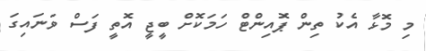
މި މޮޅާ އެކު ތިން ޕޮއިންޓް ހަމަކޮށް ބީޖީ އޮތީ ފަސް ވަނައިގަ